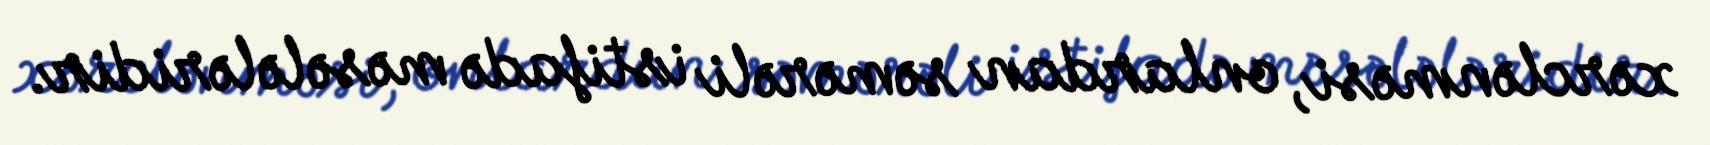
xərclənməsi, onlardan səmərəli istifadə məsələləridir.